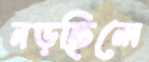
নড়ছিলে